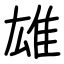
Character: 雄